65_HS1-834228961_62-HQ-83894_Section_10
Agency: FBI
Page 56
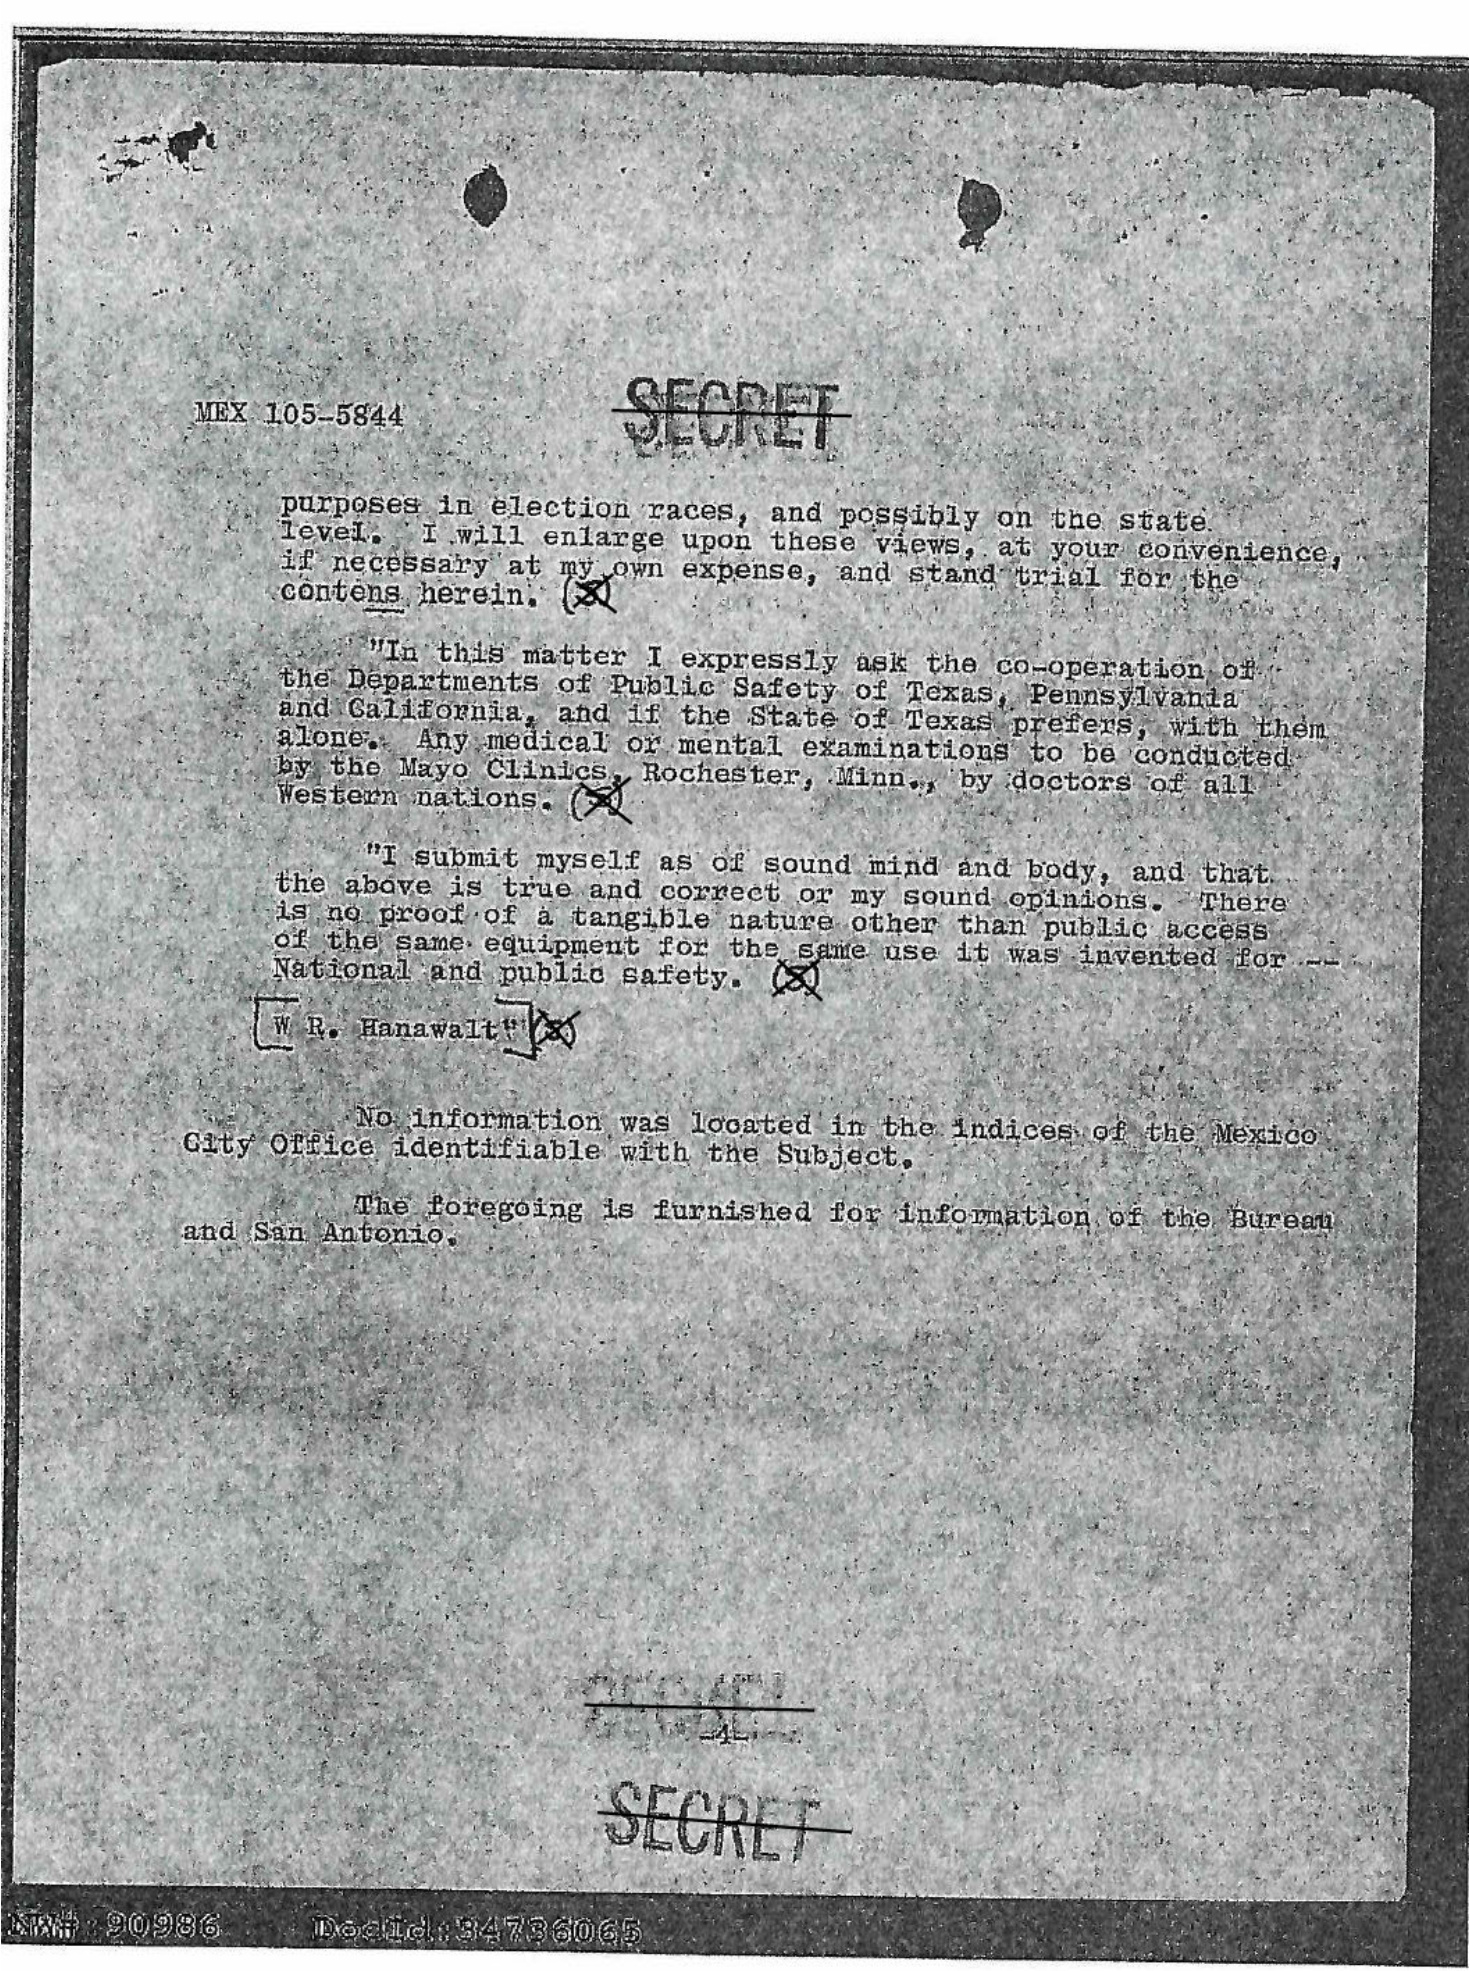